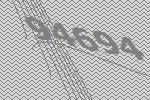
94694